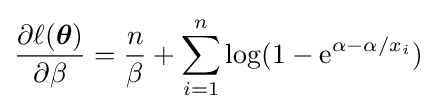
{\begin{aligned}{\frac {\partial \ell ({\boldsymbol {\theta }})}{\partial \beta }}={\frac {n}{\beta }}+\sum _{i=1}^{n}\log(1-\mathrm {e} ^{\alpha -\alpha /x_{i}})\end{aligned}}